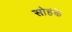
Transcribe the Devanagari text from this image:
सोहंके